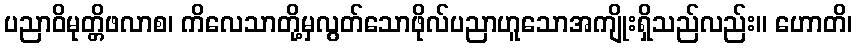
ပညာဝိမုတ္တိဖလာစ၊ ကိလေသာတို့မှလွတ်သောဖိုလ်ပညာဟူသောအကျိုးရှိသည်လည်း။ ဟောတိ၊